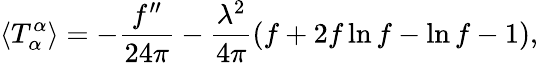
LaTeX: \langle T_{\alpha}^{\alpha}\rangle=-{\frac{f^{\prime\prime}}{24\pi}}-{\frac{\lambda^{2}}{4\pi}}(f+2f\ln f-\ln f-1),